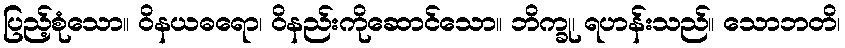
ပြည့်စုံသော။ ဝိနယဓရော၊ ဝိနည်းကိုဆောင်သော။ ဘိက္ခု၊ ရဟန်းသည်။ သောဘတိ၊